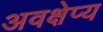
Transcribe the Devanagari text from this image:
अवक्षेप्य